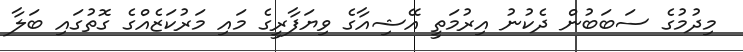
މިދުމުގެ ސަބަބުން ދެކުނު އިރުމަތީ އޭޝިއާގެ ވިޔަފާރީގެ މައި މަރުކަޒެއްގެ ގޮތުގައި ބަލާ